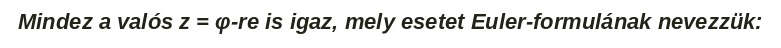
Mindez a valós z = φ-re is igaz, mely esetet Euler-formulának nevezzük: